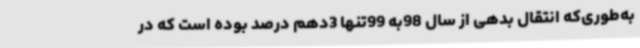
به‌طوری‌که انتقال بدهی از سال 98به 99تنها 3دهم درصد بوده است که در